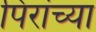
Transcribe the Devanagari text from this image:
पिरांच्या